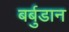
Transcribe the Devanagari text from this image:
बर्बुडान